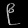
Digit: ၉